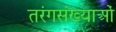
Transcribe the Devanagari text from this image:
तरंगसंख्याओं